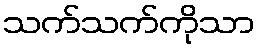
သက်သက်ကိုသာ